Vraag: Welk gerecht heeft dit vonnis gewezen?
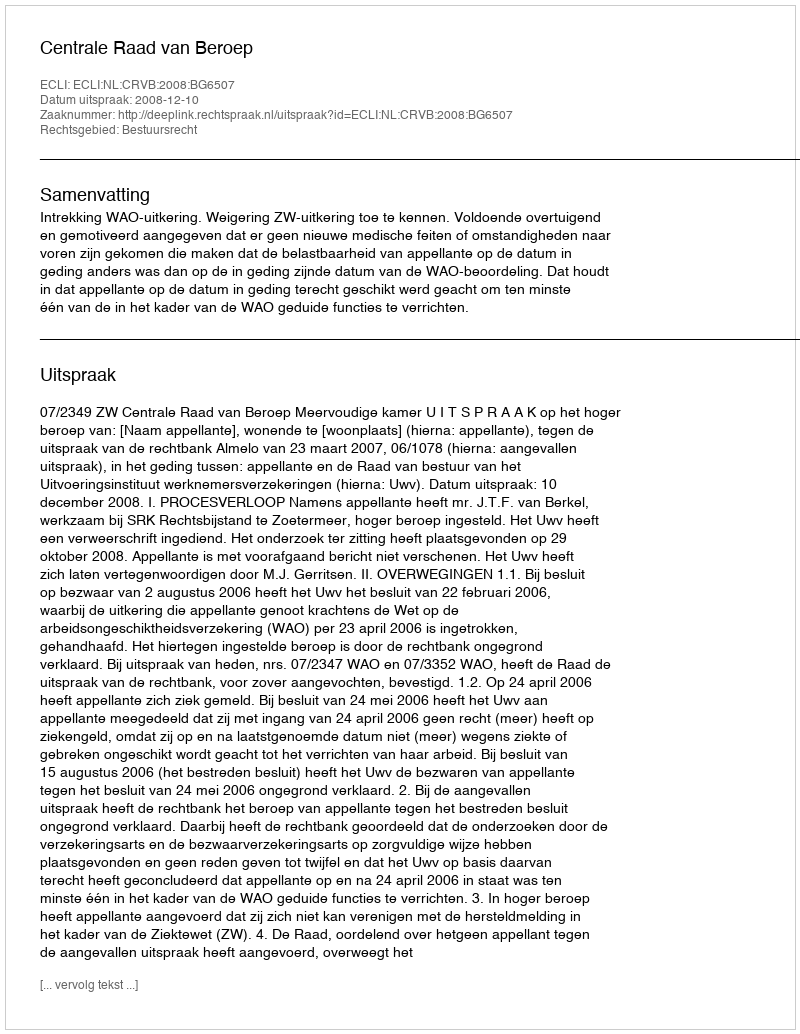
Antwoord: Centrale Raad van Beroep